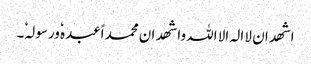
اشھد ان لا الہ الا اللہ واشھد ان محمد اًعبدہٗ ورسولہٗ۔